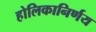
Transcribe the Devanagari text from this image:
होलिकानिर्णय